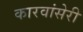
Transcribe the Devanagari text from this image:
कारवांसेरी